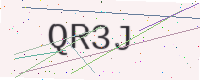
Text: QR3J